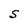
Character: S